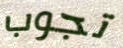
تجوب